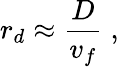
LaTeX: r_{d}\approx{\frac{D}{v_{f}}}\; ,